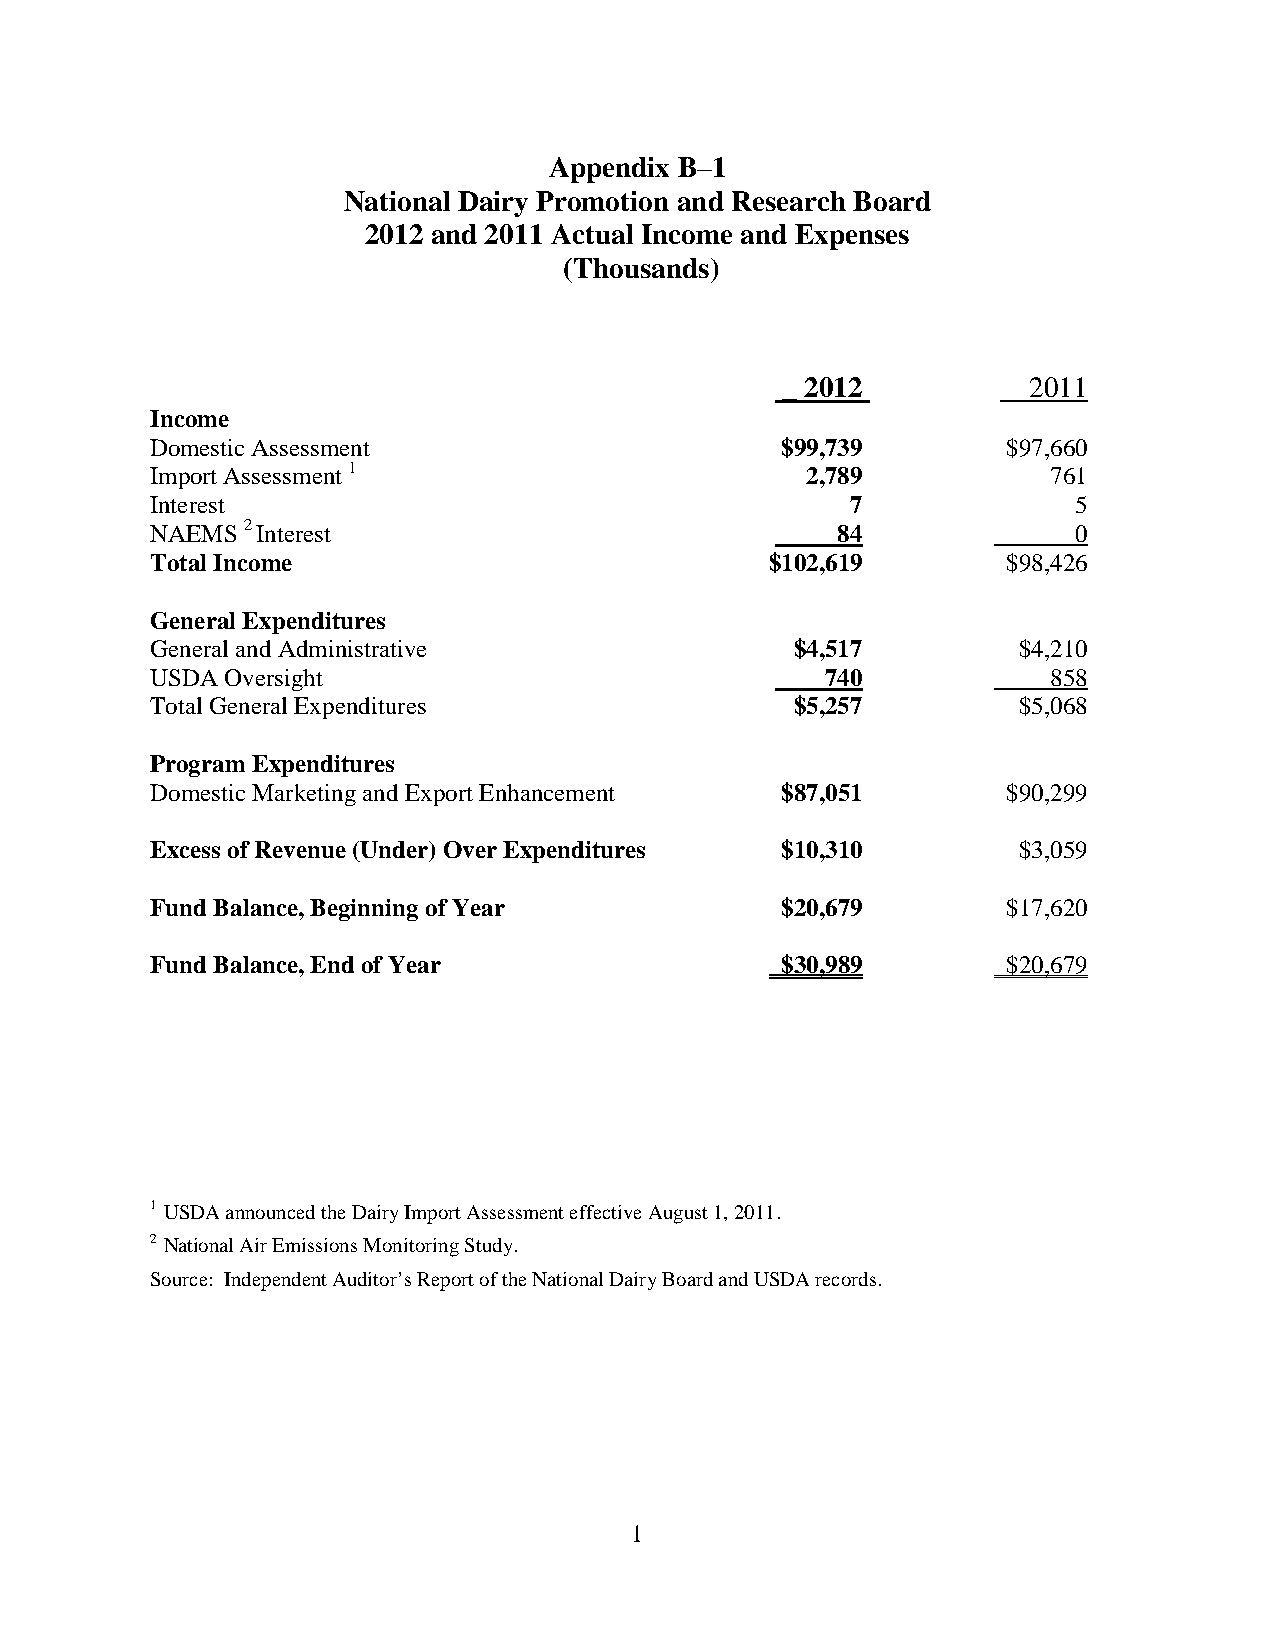
Appendix B–1
 National Dairy Promotion and Research Board
 2012 and 2011 Actual Income and Expenses
 (Thousands)
 _ 2012          2011
 Income
 Domestic Assessment                       $99,739        $97,660
 Import Assessment 1                        2,789            761
 Interest                                      7              5
 NAEMS 2 Interest                             84              0
 Total Income                             $102,619        $98,426
 General Expenditures
 General and Administrative                 $4,517        $4,210
 USDA Oversight                               740            858
 Total General Expenditures                 $5,257        $5,068
 Program Expenditures
 Domestic Marketing and Export Enhancement $87,051        $90,299
 Excess of Revenue (Under) Over Expenditures $10,310      $3,059
 Fund Balance, Beginning of Year           $20,679        $17,620
 Fund Balance, End of Year                 $30,989        $20,679
 1 USDA announced the Dairy Import Assessment effective August 1, 2011.
 2 National Air Emissions Monitoring Study.
 Source: Independent Auditor’s Report of the National Dairy Board and USDA records.
 1